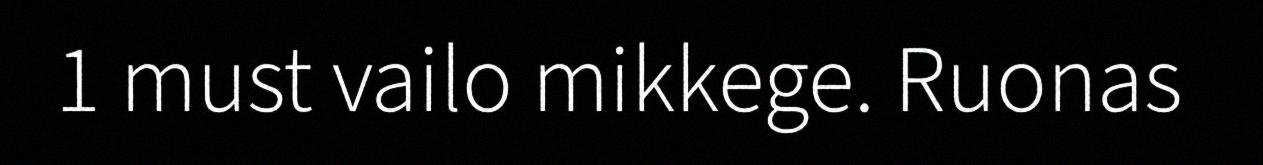
1 must vailo mikkege. Ruonas